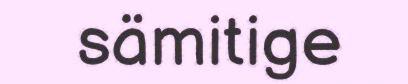
sämitige